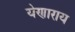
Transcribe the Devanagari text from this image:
येणाराय